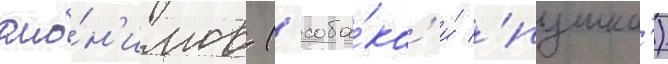
омо́н'имов ('соба́ка' и́ 'пушка')